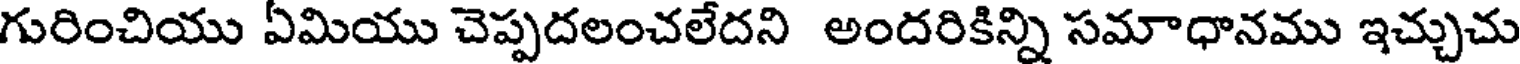
గురించియు ఏమియు చెప్పదలంచలేదని అందరికిన్ని సమాధానము ఇచ్చుచు